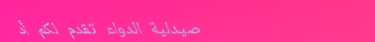
صيدلية الدواء تقدم لكم أد